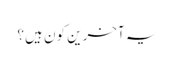
یہ آخرین کون ہیں؟